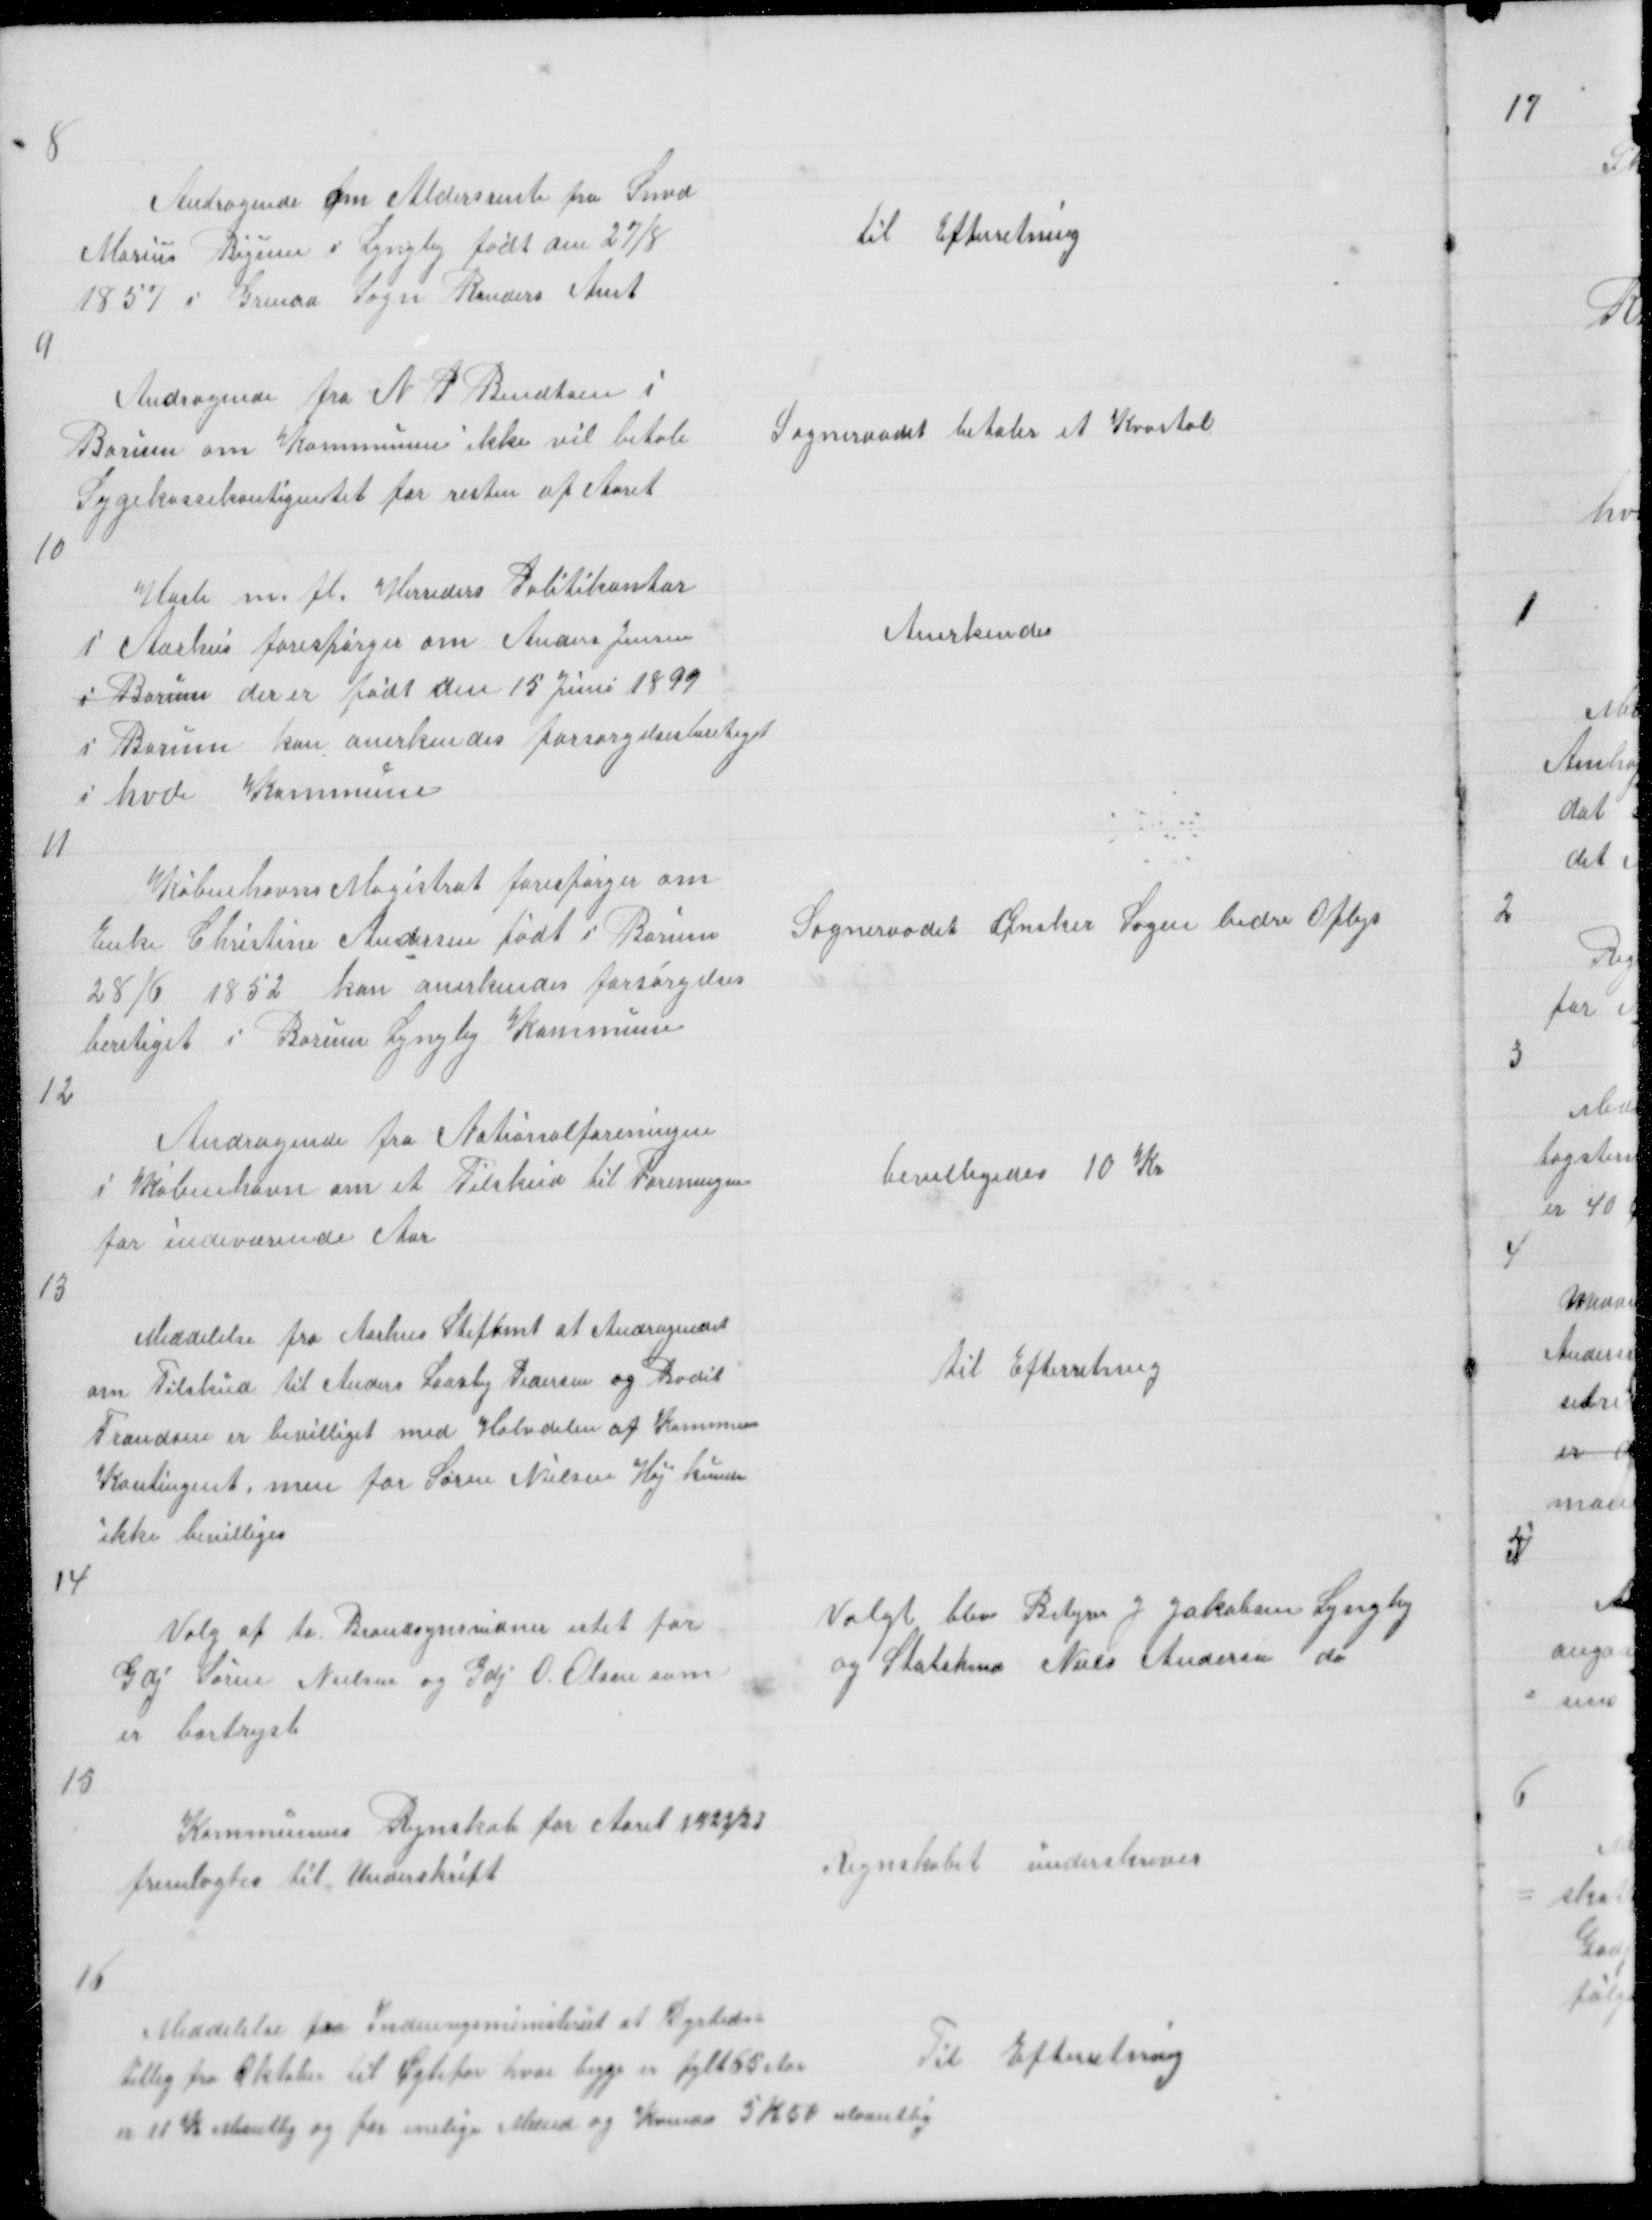
Transskription:
8
Andragende om Aldersrente fra Smed
Marius Bigum i Lyngby født den 27/8
1857 i Grenaa Sogn Randers Amt

til Efterretning

9
Andragende fra N P Bendtsen i
Borum om Kommunen ikke vil betale
Sygekassekontigentet for resten af Aaret

Sogneraadet betaler et Kvartal

10

Hasle m. fl. Herreders Politikontor
i Aarhus forespørger om Anders Jensen
i Borum der er født den 15 Juni 1899
i Borum kan anerkendes forsørgelsesberetiget
i hvd Kommune

Anerkendes

11

Københavns Magistrat forespørger om
Enke Christine Andersen født i Borum
28/6 1852 kan anerkendes forsørgelses
beretiget i Borum Lyngby Kommune

Sogneraadet Ønsker Sagen bedre Oplys

12

Andragende fra Nationalforeningen
i København om et Tilskud til Foreningen
for indeværende Aar

bevilligedes 10 Kr

13

Meddelelse fra Aarhus Stiftamt at Andragendet
om Tilskud til Anders Laasby Pedersen og Bodil
Frandsen er bevilliget med Halvdelen af Kommun
Kontingent, men for Søren Nielsen Høj kunde
ikke bevilliges

til Efterretning

14

Valg af to Brandsynsvidner istet for
Gdj Søren Nielsen og Gdj O Olsen som
er bortrejst

Valgt blev Bstyrer J Jakobsen Lyngby
og Statshmd Niels Andersen do

15

Kommunens Regnskab for Aaret 1922/23
fremlagtes til Underskrift

Regnskabet underskreves

16

Meddelelse fra Indenrigsministeriet at Dyrtids =
tillæg fra Oktober for Ægtepar hvor begge er fylt 65 Aar
er 11 Kr Maanetlig og for enelige Mænd og Kvinder 5 K 50 Maanetlig

Til Efterretning